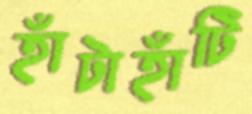
হাঁটাহাঁটি